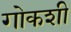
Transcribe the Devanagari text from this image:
गोकशी